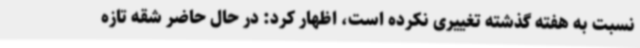
نسبت به هفته گذشته تغییری نکرده است، اظهار کرد: در حال حاضر شقه تازه